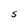
Character: S